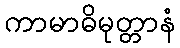
ကာမာဓိမုတ္တာနံ